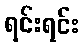
ရင်းရင်း